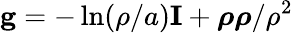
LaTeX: \mathbf{g}=-\ln(\rho/a)\mathbf{I}+\boldsymbol{\rho}\boldsymbol{\rho}/\rho^{2}